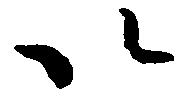
以